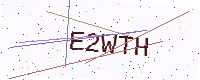
Text: E2WTH